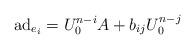
LaTeX: \begin{align*}{\rm ad}_{e_i}=U_0^{n-i}A+b_{ij}U_0^{n-j}\end{align*}